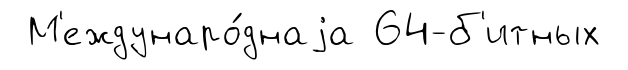
М'еждунаро́днаjа 64-б'итных